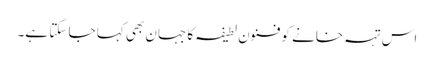
اس تہہ خانے کو فنون لطیفہ کا جہان بھی کہا جا سکتا ہے۔